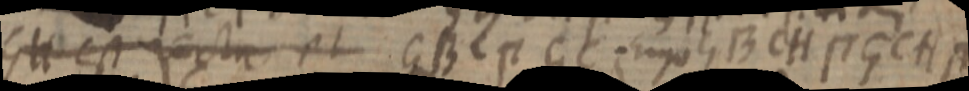
GH est recta et GBC П GC. Ergo GBdH П GCH П